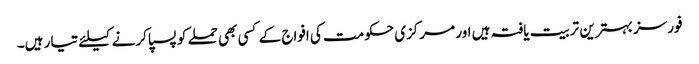
فورسز بہترین تربیت یافتہ ہیں اور مرکزی حکومت کی افواج کے کسی بھی حملے کو پسپا کرنے کیلئے تیار ہیں۔